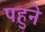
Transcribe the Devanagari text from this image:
पहुने